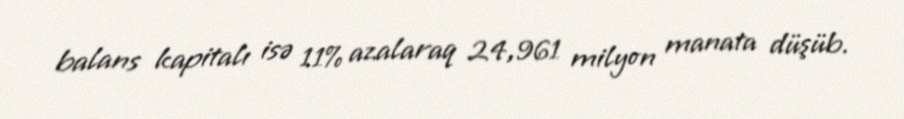
balans kapitalı isə 11% azalaraq 24,961 milyon manata düşüb.